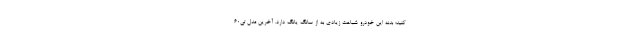
کنید؛ بدنه این خودرو شباهت زیادی به از سانگ یانگ دارد. آخرین مدل تی60